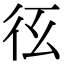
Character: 𢓎